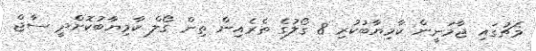
މެޗުގައި ޖާމަނީން ކާމިޔާބުކުރި 8 ގޯލުގެ ތެރެއިން ތިން ގޯލް ކާމިޔާބުކޮށްދީ ސާޖް